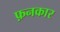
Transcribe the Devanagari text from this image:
फ़नकार